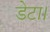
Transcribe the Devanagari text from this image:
डेटा।